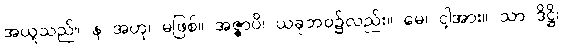
အယူသည်။ န အဟု၊ မဖြစ်။ အဇ္ဇာပိ၊ ယခုဘဝ၌လည်း။ မေ၊ ငါ့အား။ သာ ဒိဋ္ဌိ၊